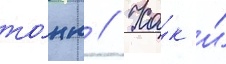
то́нн // Ка́к и́